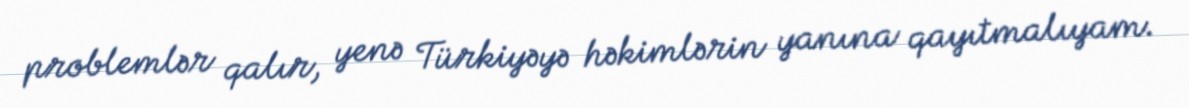
problemlər qalır, yenə Türkiyəyə həkimlərin yanına qayıtmalıyam.